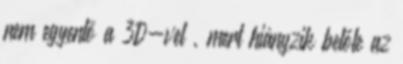
nem egyenlő a 3D-vel , mert hiányzik belőle az